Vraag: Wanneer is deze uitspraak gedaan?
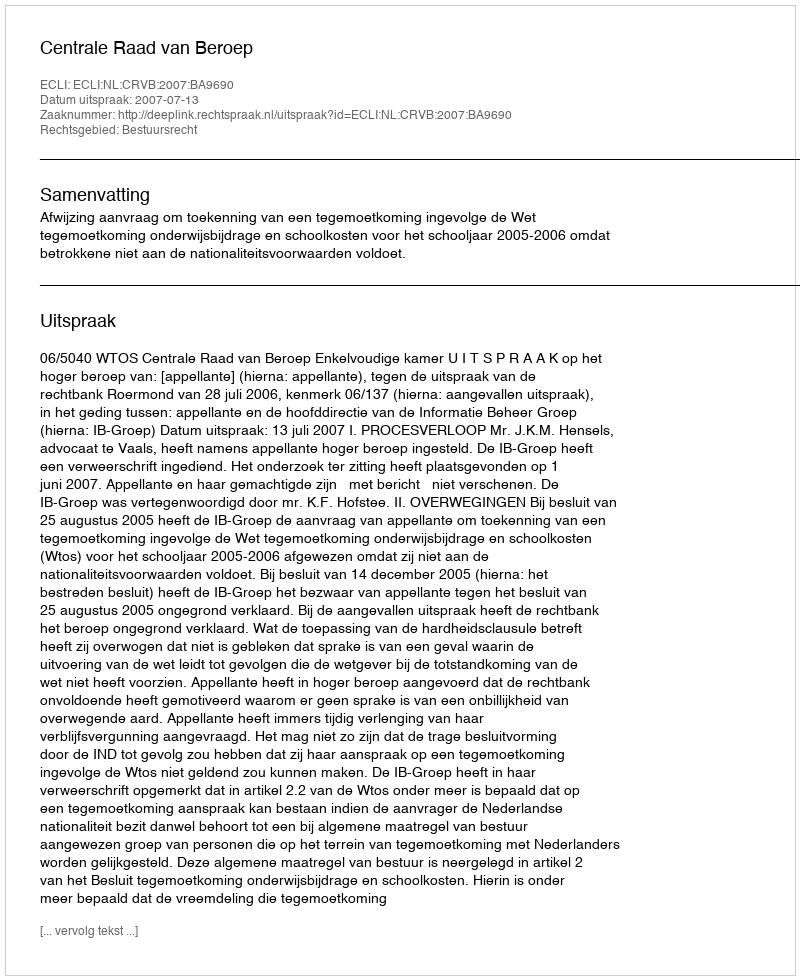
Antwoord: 2007-07-13